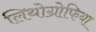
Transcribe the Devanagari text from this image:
लिथोग्रोफिया